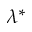
\lambda ^ { * }